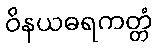
ဝိနယဓရကတ္တံ